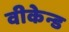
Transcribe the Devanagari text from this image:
वीकेन्ड